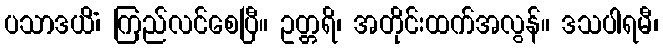
ပသာဒယိံ၊ ကြည်လင်စေပြီ။ ဥတ္တရိ၊ အတိုင်းထက်အလွန်။ ဒသပါရမီ၊